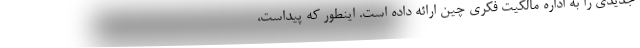
جدیدی را به اداره مالکیت فکری چین ارائه داده است. اینطور که پیداست،